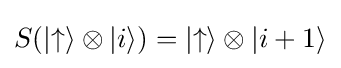
S(|{\uparrow }\rangle \otimes |i\rangle )=|{\uparrow }\rangle \otimes |i+1\rangle